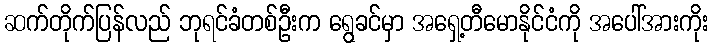
ဆက်တိုက်ပြန်လည် ဘုရင်ခံတစ်ဦးက ရွေခင်မှာ အရှေ့တီမောနိုင်ငံကို အပေါ်အားကိုး